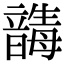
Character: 𩐸